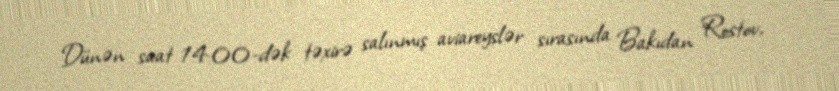
Dünən saat 14:00-dək təxirə salınmış aviareyslər sırasında Bakıdan Rostov,